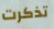
تذكرت